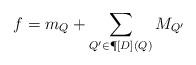
LaTeX: \begin{align*} f=m_Q+\sum\limits_{Q'\in\P[D](Q)} M_{Q'}\end{align*}